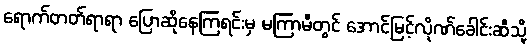
ရောက်တတ်ရာရာ ပြောဆိုနေကြရင်းမှ မကြာမီတွင် အောင်မြင့်လိုဏ်ခေါင်းဆီသို့